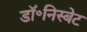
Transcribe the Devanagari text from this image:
डॉ॰निस्बेट